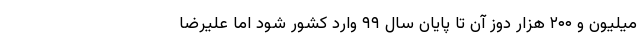
میلیون و ۲۰۰ هزار دوز آن تا پایان سال ۹۹ وارد کشور شود اما علیرضا